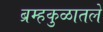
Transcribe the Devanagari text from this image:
ब्रम्हकुळातले